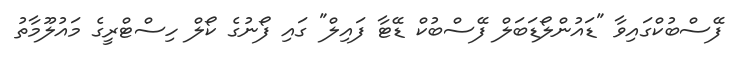
ފޭސްބުކްގައިވާ "ޑައުންލޯޑަބަލް ފޭސްބުކް ޑޭޓާ ފައިލް" ގައި ފޯނުގެ ކޯލް ހިސްޓްރީގެ މައުލޫމާތު